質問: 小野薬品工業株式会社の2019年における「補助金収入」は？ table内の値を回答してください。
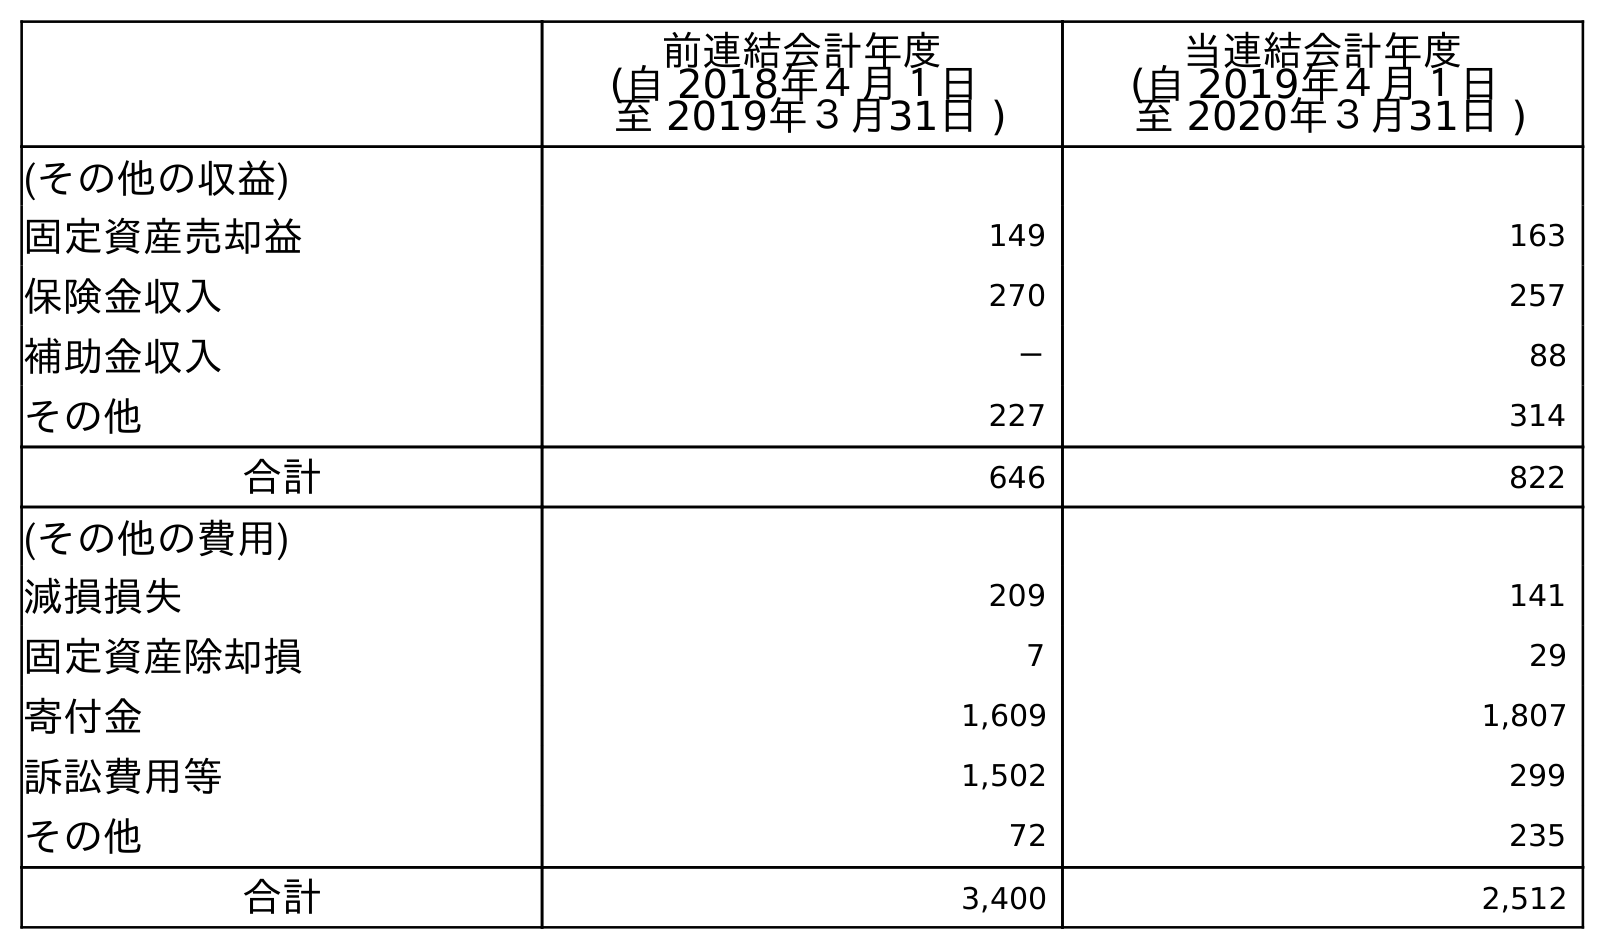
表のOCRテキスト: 前連結会計年度 (自 2018年４月１日 至 2019年３月31日 ) 当連結会計年度 (自 2019年４月１日 至 2020年３月31日 ) (その他の収益) 固定資産売却益 149 163 保険金収入 270 257 補助金収入 － 88 その他 227 314 合計 646 822 (その他の費用) 減損損失 209 141 固定資産除却損 7 29 寄付金 1,609 1,807 訴訟費用等 1,502 299 その他 72 235 合計 3,400 2,512
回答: －